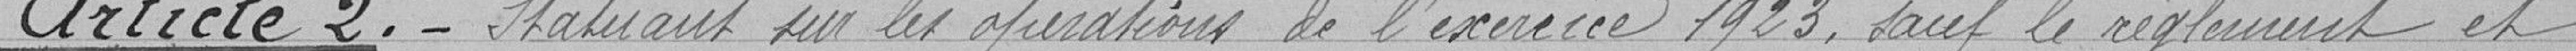
Article 2.- Statuant sur les opérations de l'exercice1923. sauf le réglement et